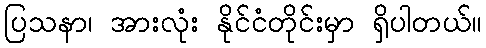
ပြသနာ၊ အားလုံး နိုင်ငံတိုင်းမှာ ရှိပါတယ်။